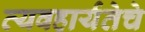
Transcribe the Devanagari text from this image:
व्यवहार्यतेचे